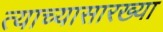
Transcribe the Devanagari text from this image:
त्याच्यासारख्या